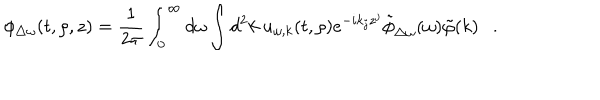
\phi _ { \triangle \omega } ( t , \rho , z ) = { \frac { 1 } { 2 \pi } } \int _ { 0 } ^ { \infty } d \omega \int d ^ { 2 } k ~ u _ { \omega , k } ( t , \rho ) e ^ { - i k _ { j } z ^ { j } } \tilde { \phi } _ { \triangle \omega } ( \omega ) \tilde { \varphi } ( k ) .